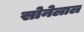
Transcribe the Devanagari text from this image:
सोनेलाल